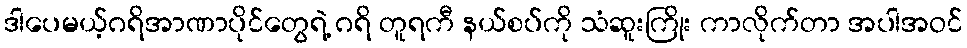
ဒါပေမယ့်ဂရိအာဏာပိုင်တွေရဲ့ ဂရိ တူရကီ နယ်စပ်ကို သံဆူးကြိုး ကာလိုက်တာ အပါအဝင်